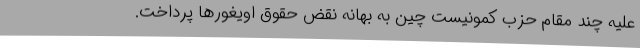
علیه چند مقام حزب کمونیست چین به بهانه نقض حقوق اویغورها پرداخت.